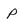
Character: p